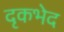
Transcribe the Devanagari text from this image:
दृकभेद